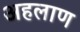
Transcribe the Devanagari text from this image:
अहलाण